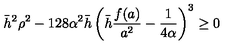
\bar { h } ^ { 2 } \rho ^ { 2 } - 1 2 8 \alpha ^ { 2 } \bar { h } \left( \bar { h } \frac { f ( a ) } { a ^ { 2 } } - \frac { 1 } { 4 \alpha } \right) ^ { 3 } \geq 0